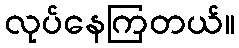
လုပ်နေကြတယ်။